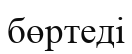
бөртеді